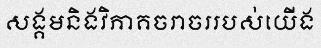
សង្គមនិងវិភាគចរាចររបស់យើង